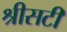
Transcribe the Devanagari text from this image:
श्रीसटी